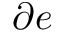
\partial e